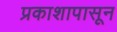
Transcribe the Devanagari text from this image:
प्रकाशापासून